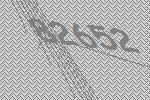
82652